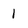
Character: 1